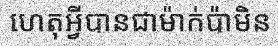
ហេតុអ្វីបានជាម៉ាក់ប៉ាមិន